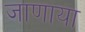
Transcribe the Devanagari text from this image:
जाणाया